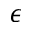
\epsilon